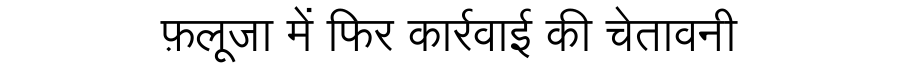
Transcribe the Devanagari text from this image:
फ़लूजा में फिर कार्रवाई की चेतावनी